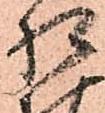
相